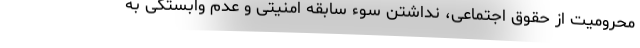
محرومیت از حقوق اجتماعی، نداشتن سوء سابقه امنیتی و عدم وابستگی به